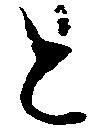
と